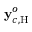
\mathbf { y } _ { c , \mathrm { H } } ^ { o }